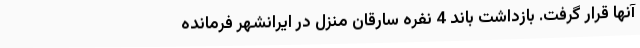
آنها قرار گرفت. بازداشت باند 4 نفره سارقان منزل در ایرانشهر فرمانده